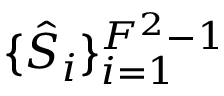
\lbrace \hat { S } _ { i } \rbrace _ { i = 1 } ^ { F ^ { 2 } - 1 }